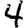
Digit: 4